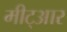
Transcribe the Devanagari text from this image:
मीट्आर